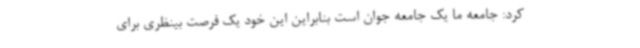
کرد: جامعه ما یک جامعه جوان است بنابراین این خود یک فرصت بینظری برای